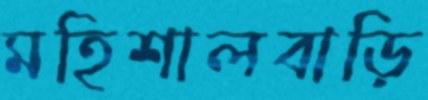
মহিশালবাড়ি